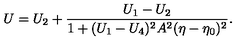
U = U _ { 2 } + \frac { U _ { 1 } - U _ { 2 } } { 1 + ( U _ { 1 } - U _ { 4 } ) ^ { 2 } A ^ { 2 } ( \eta - \eta _ { 0 } ) ^ { 2 } } .